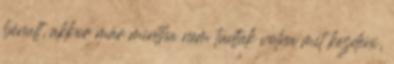
bénult, akkor már mintha nem tudtak volna mit kezdeni,